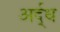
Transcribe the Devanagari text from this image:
अर्द्‌ध